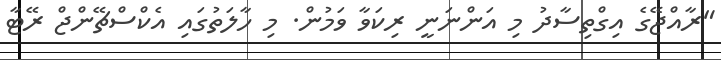
"ރާއްޖޭގެ އިގްތިސާދު މި އަންނަނީ ރިކަވާ ވަމުން. މި ހާލަތުގައި އެކްސްޗޭންޖް ރޭޓާ